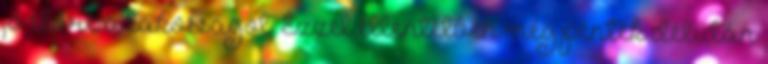
jó előre a lakosságot. Ezzel ellentétben még péntek délután